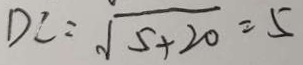
D C = \sqrt { 5 + 2 0 } = 5